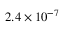
2 . 4 \times 1 0 ^ { - 7 }